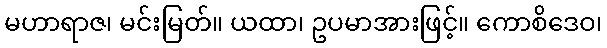
မဟာရာဇ၊ မင်းမြတ်။ ယထာ၊ ဥပမာအားဖြင့်။ ကောစိဒေဝ၊